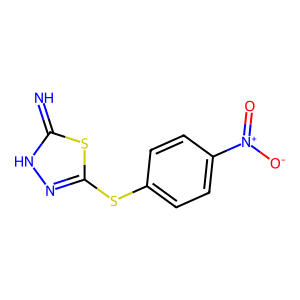
SMILES: N=c1[nH]nc(Sc2ccc([N+](=O)[O-])cc2)s1
Inhibits HIV replication: No